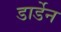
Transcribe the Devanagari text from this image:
डार्डेन